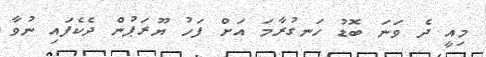
މިއީ ދެ ވަނަ ބޮޑު ހަނގުރާމަ އަށް ފަހު ޔޫރަޕުން ދެކެފައި ނުވާ